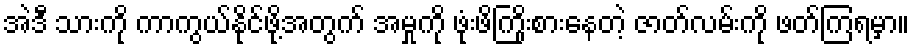
အဲဒီ သားကို ကာကွယ်နိုင်ဖို့အတွက် အမှုကို ဖုံးဖိကြိုးစားနေတဲ့ ဇာတ်လမ်းကို ဖတ်ကြရမှာ။